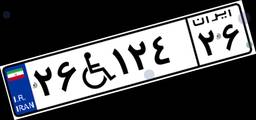
۲۶W۱۲۴۲۶